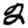
Digit: 2